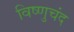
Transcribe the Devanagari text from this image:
विष्णुचंद